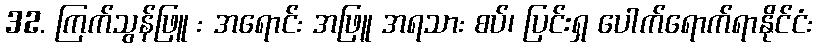
32. ကြက်သွန်ဖြူ : အရောင်: အဖြူ အရသာ: စပ်၊ ပြင်းရှ ပေါက်ရောက်ရာနိုင်ငံ: